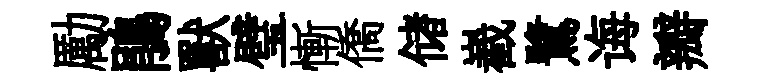
勵鵑獸璧慚僑储嶻鷺诲瓣